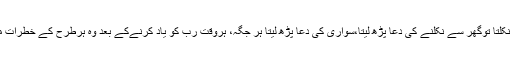
مثلاً جب وہ گھر سے نکلتا توگھر سے نکلنے کی دعا پڑھ لیتا،سواری کی دعا پڑھ لیتا ہر جگہ، ہروقت رب کو یاد کرنےکے بعد وہ ہرطرح کے خطرات میں بے خطر کودپڑتا۔